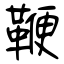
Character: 鞭